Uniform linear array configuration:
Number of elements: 4
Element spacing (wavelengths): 0.5
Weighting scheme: kaiser
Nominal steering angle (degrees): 60
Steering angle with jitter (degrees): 58.836
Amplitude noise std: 0.05
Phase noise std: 0.05

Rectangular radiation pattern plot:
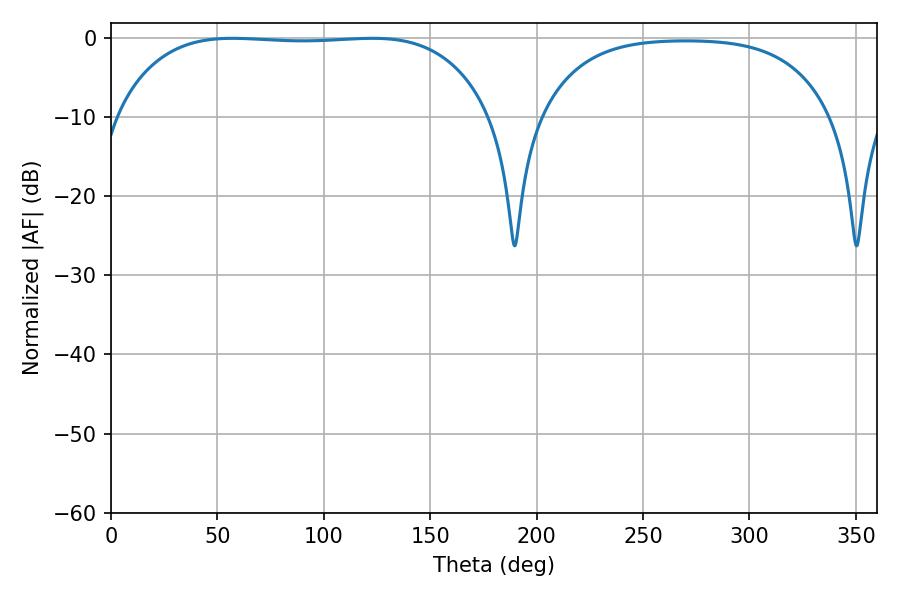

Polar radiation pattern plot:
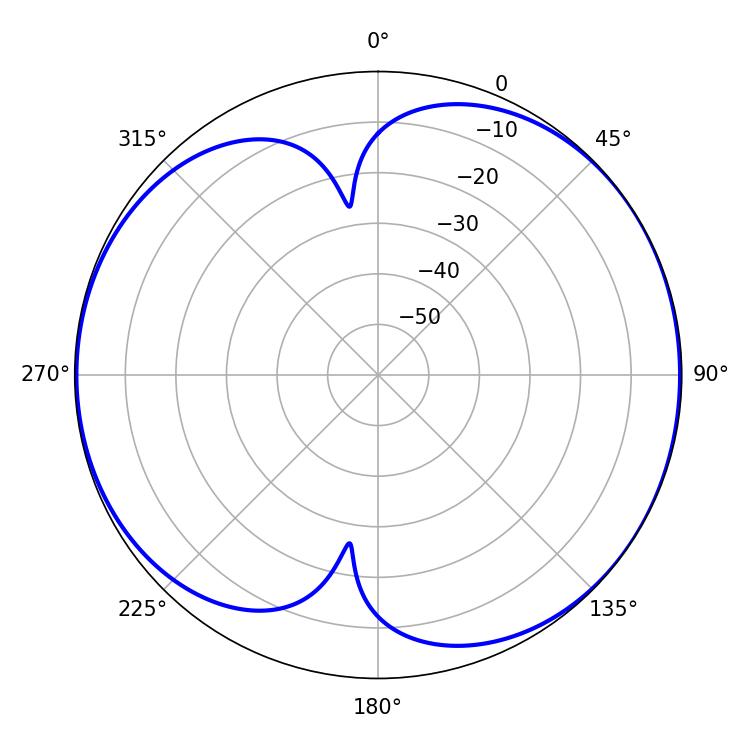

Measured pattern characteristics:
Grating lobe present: FALSE
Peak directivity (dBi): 6.397
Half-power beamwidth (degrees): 137.52
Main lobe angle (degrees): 57.06